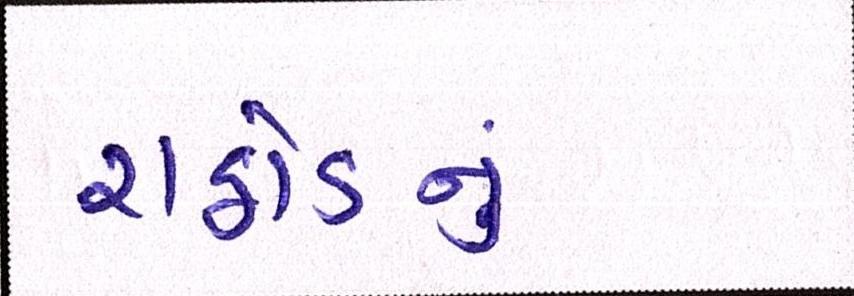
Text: રાઠોડનું